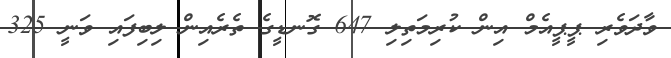
ވާދަވެރި ޕީޕީއެމް އިން ކުރިމަތިލި 647 ގޮނޑީގެ ތެރެއިން ލިބިފައި ވަނީ 325